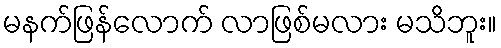
မနက်ဖြန်လောက် လာဖြစ်မလား မသိဘူး။